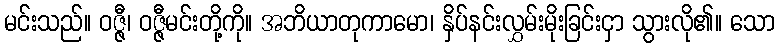
မင်းသည်။ ဝဇ္ဇီ၊ ဝဇ္ဇီမင်းတို့ကို။ အဘိယာတုကာမော၊ နှိပ်နင်းလွှမ်းမိုးခြင်းငှာ သွားလို၏။ သော